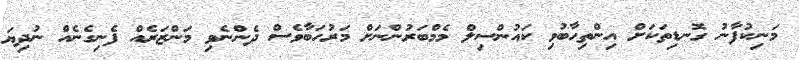
މަނިކުފާނު ގޮނޑިތަކަށް އިންތިހާބުވި ކައުންސިލް މެމްބަރުންނަށް މަރުހަބާވެސް ދެންނެވި މަންޒަރެއް ފެނިގެނެއް ނުދިޔަ